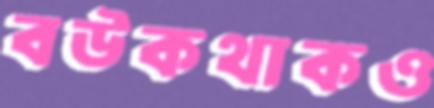
বউকথাকও